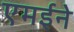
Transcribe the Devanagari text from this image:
एमईने